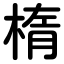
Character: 楕